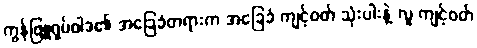
ကွန်ဖြူရှပ်ဝါဒ၏ အခြေခံတရားက အခြေခံ ကျင့်ဝတ် သုံးပါးနဲ့ လူ ကျင့်ဝတ်